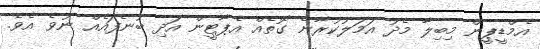
އެމްޑީޕީން މިބިލާ މެދު އަމަލުކުރާނެ ގޮތެއް އެޕާޓީން އަދި ބުނެފައެއް ނުވެ އެވެ.